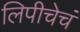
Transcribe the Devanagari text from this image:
लिपीचेचं